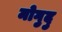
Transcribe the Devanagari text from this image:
मोगुदु